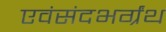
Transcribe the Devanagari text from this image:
एवंसंदभर्ग्रंथ